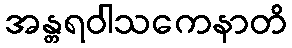
အန္တရဝါသကေနာတိ